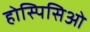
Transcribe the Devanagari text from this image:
होस्पिसिओ